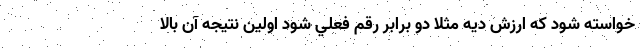
خواسته شود كه ارزش ديه مثلا دو برابر رقم فعلي شود اولين نتيجه آن بالا